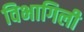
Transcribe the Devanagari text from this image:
विभागिली